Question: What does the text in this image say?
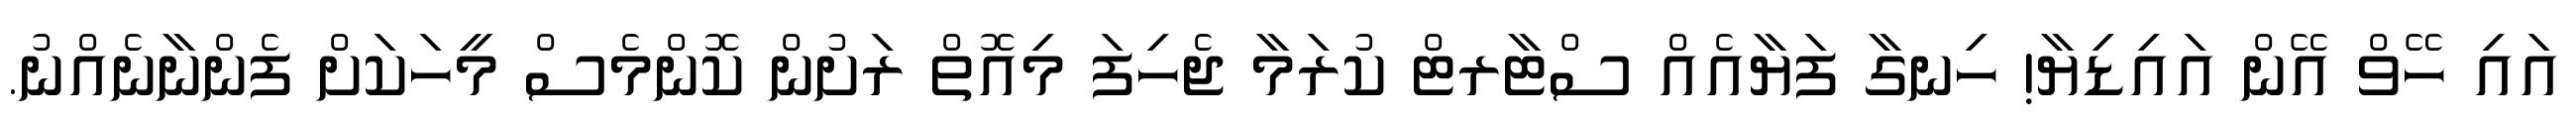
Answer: އައި ހޭވް އޭން އައިޑިޔާ! ހިނގާ ފަޔާއެއް ސްޓާރޓް ކުރަމާ ޖެހިފަ މިއޮތް ރަށުން ކޮންމެސް މީހަކަށް ފެންނާނެއްނު.